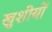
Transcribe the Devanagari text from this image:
खुशीयों